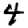
Digit: 4